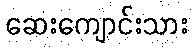
ဆေးကျောင်းသား